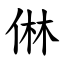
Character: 㑣